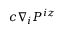
c \nabla _ { i } P ^ { i z }